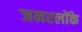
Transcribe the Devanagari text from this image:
जनरलोंके